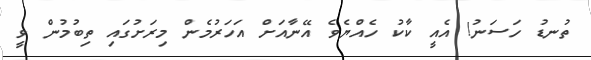
ތުނޑު ހަސަނު! އެއީ ކާކު ހެއްޔެވެ އޭނާއަށް އަހަރުމެން މިރަށުގައި ތިބުމުން ވީ